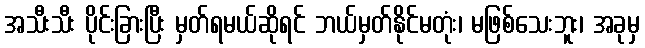
အသီးသီး ပိုင်းခြားပြီး မှတ်ရမယ်ဆိုရင် ဘယ်မှတ်နိုင်မတုံး၊ မဖြစ်သေးဘူး၊ အခုမှ